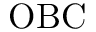
\mathrm { O B C }